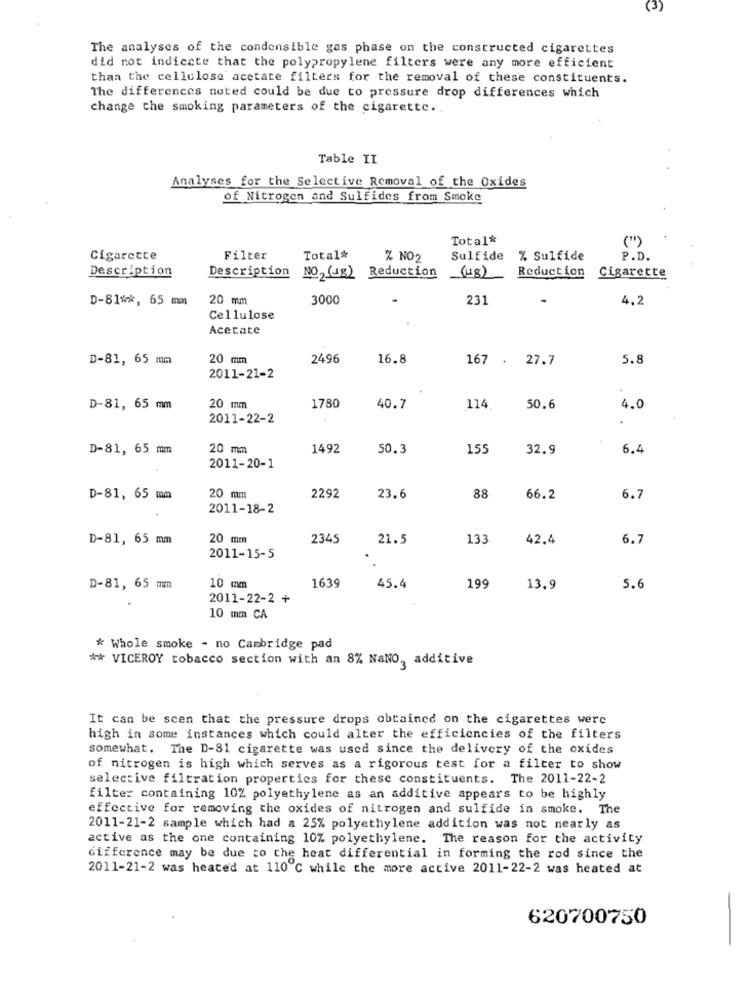
(3)
The analyses of the condensible gas phase on the constructed cigarettes
did not indicate that the polypropylene filters were any more efficient
than the cellulose acetate filters for the removal of these constituents.
The differences noted could be due to pressure drop differences which
change the smoking parameters of the cigarette ..
Table II
Analyses for the Selective Removal of the Oxides
of Nitrogen and Sulfides from Smoke
Total*
("")
Cigarette
Filter
Total#
% NO,
Sulfide
% Sulfide
P.D.
Description
Description
NO (48) Reduction (48)
Reduction
Cigarette
D-81 **, 65 mm
20 mm
3000
231
-
4.2
Cellulose
Acetate
D-81, 65 mm
20 mm
2496
16.8
167 . 27.7
5.8
2011-21-2
D-81, 65 mm
20 mm
1780
40.7
114
50.6
4.0
2011-22-2
D-81, 65 mm
20 mm
1492
50.3
155
32.9
6.4
2011-20-1
2292
D-81, 65 mm
20 mm
23.6
88
66.2
6.7
2011-18-2
D-81, 65 mm
20 mm
2345
21.5
133
42.4
6.7
2011-15-5
1639
D-81, 65 mm
10 mm
45.4
199
13.9
5.6
.
2011-22-2 +
10 mm CA
* Whole smoke - no Cambridge pad
** VICEROY tobacco section with an 8% NaNO, additive
It can be scen that the pressure drops obtained on the cigarettes were
high in some instances which could alter the efficiencies of the filters
somewhat. The D-81 cigarette was used since the delivery of the oxides
of nitrogen is high which serves as a rigorous test for a filter to show
selective filtration properties for these constituents. The 2011-22-2
filter containing 10% polyethylene as an additive appears to be highly
effective for removing the oxides of nitrogen and sulfide in smoke. The
2011-21-2 sample which had a 25% polyethylene addition was not nearly as
active as the one containing 10% polyethylene. The reason for the activity
difference may be due to the heat differential in forming the rod since the
2011-21-2 was heated at 110 ℃ while the more active 2011-22-2 was heated at
-
620700750